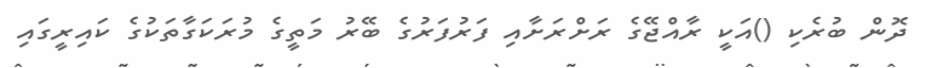
ދޮން ބުރެކި ()އަކީ ރާއްޖޭގެ ރަށްރަށާއި ފަރުފަރުގެ ބޭރު މަތީގެ މުރަކަގާތަކުގެ ކައިރީގައި